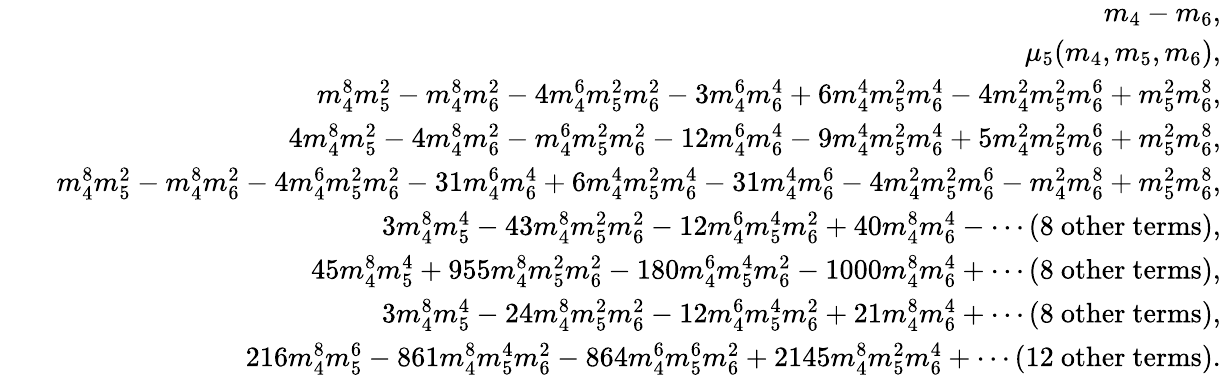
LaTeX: \begin{array}{rlr}&{}&{m_{4}-m_{6},}\\ &{}&{\mu_{5}(m_{4},m_{5},m_{6}),}\\ &{}&{m_{4}^{8}m_{5}^{2}-m_{4}^{8}m_{6}^{2}-4m_{4}^{6}m_{5}^{2}m_{6}^{2}-3m_{4}^{6}m_{6}^{4}+6m_{4}^{4}m_{5}^{2}m_{6}^{4}-4m_{4}^{2}m_{5}^{2}m_{6}^{6}+m_{5}^{2}m_{6}^{8},}\\ &{}&{4m_{4}^{8}m_{5}^{2}-4m_{4}^{8}m_{6}^{2}-m_{4}^{6}m_{5}^{2}m_{6}^{2}-12m_{4}^{6}m_{6}^{4}-9m_{4}^{4}m_{5}^{2}m_{6}^{4}+5m_{4}^{2}m_{5}^{2}m_{6}^{6}+m_{5}^{2}m_{6}^{8},}\\ &{}&{m_{4}^{8}m_{5}^{2}-m_{4}^{8}m_{6}^{2}-4m_{4}^{6}m_{5}^{2}m_{6}^{2}-31m_{4}^{6}m_{6}^{4}+6m_{4}^{4}m_{5}^{2}m_{6}^{4}-31m_{4}^{4}m_{6}^{6}-4m_{4}^{2}m_{5}^{2}m_{6}^{6}-m_{4}^{2}m_{6}^{8}+m_{5}^{2}m_{6}^{8},}\\ &{}&{3m_{4}^{8}m_{5}^{4}-43m_{4}^{8}m_{5}^{2}m_{6}^{2}-12m_{4}^{6}m_{5}^{4}m_{6}^{2}+40m_{4}^{8}m_{6}^{4}-\cdots\mathrm{(8~other~terms)},}\\ &{}&{45m_{4}^{8}m_{5}^{4}+955m_{4}^{8}m_{5}^{2}m_{6}^{2}-180m_{4}^{6}m_{5}^{4}m_{6}^{2}-1000m_{4}^{8}m_{6}^{4}+\cdots\mathrm{(8~other~terms)},}\\ &{}&{3m_{4}^{8}m_{5}^{4}-24m_{4}^{8}m_{5}^{2}m_{6}^{2}-12m_{4}^{6}m_{5}^{4}m_{6}^{2}+21m_{4}^{8}m_{6}^{4}+\cdots\mathrm{(8~other~terms)},}\\ &{}&{216m_{4}^{8}m_{5}^{6}-861m_{4}^{8}m_{5}^{4}m_{6}^{2}-864m_{4}^{6}m_{5}^{6}m_{6}^{2}+2145m_{4}^{8}m_{5}^{2}m_{6}^{4}+\cdots\mathrm{(12~other~terms)}.}\end{array}